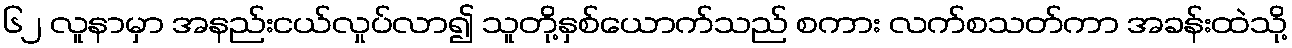
၆၂ လူနာမှာ အနည်းငယ်လှုပ်လာ၍ သူတို့နှစ်ယောက်သည် စကား လက်စသတ်ကာ အခန်းထဲသို့